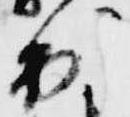
出